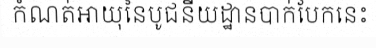
កំណត់អាយុនៃបូជនីយដ្ឋានបាក់បែកនេះ